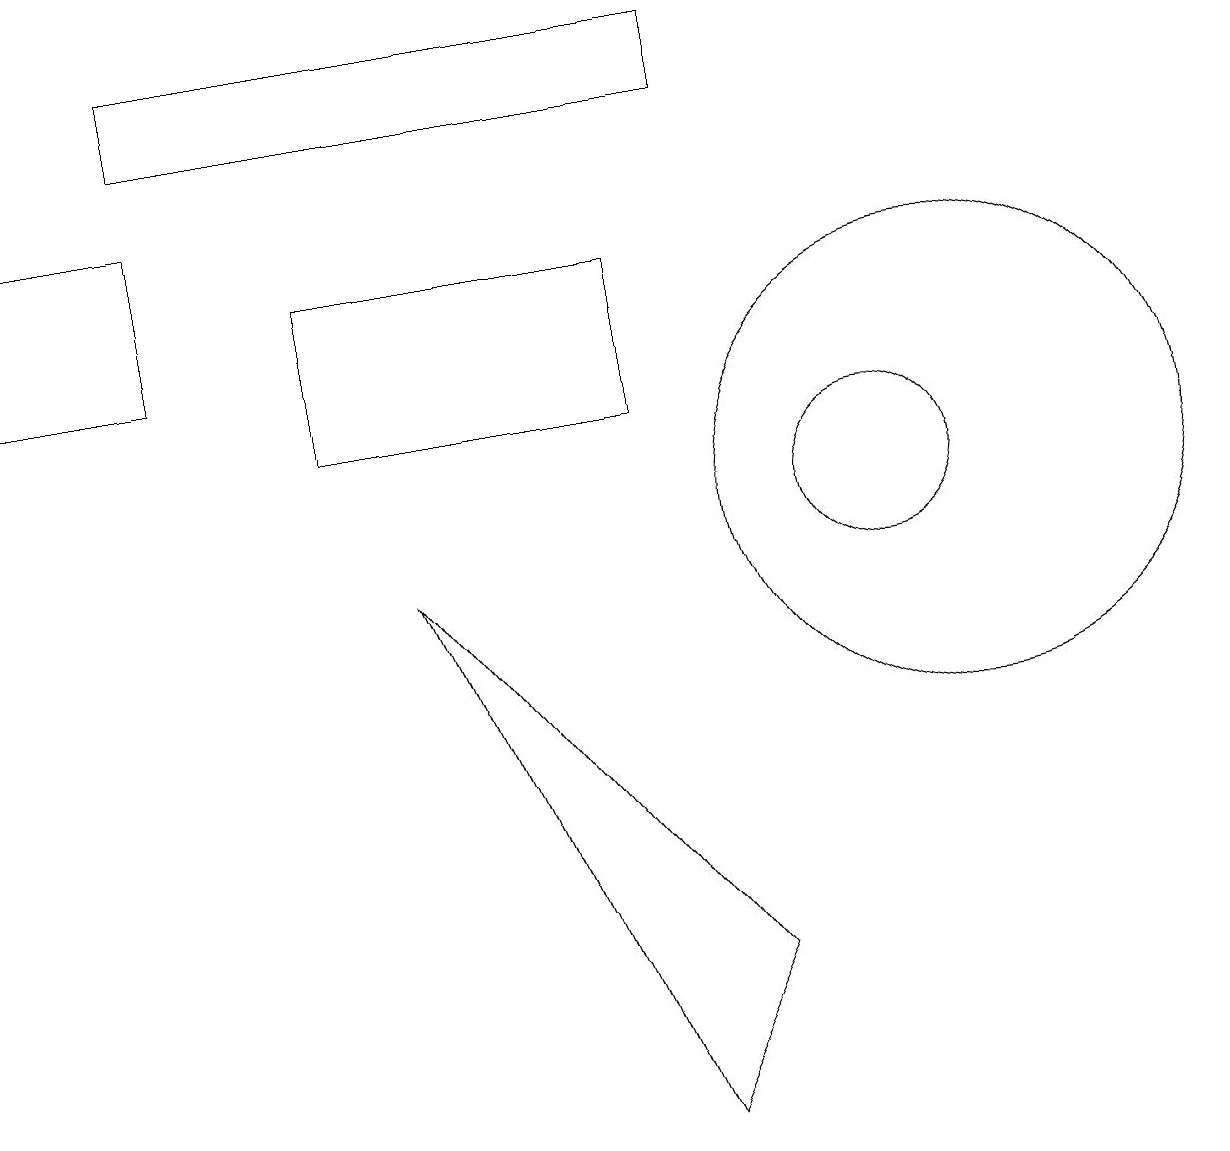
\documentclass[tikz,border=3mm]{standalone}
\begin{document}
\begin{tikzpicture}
\draw (9,15) rectangle (2,16);
\draw (8,13) rectangle (4,11);
\draw (11,10) circle (1);
\draw (5,9) -- (9,4) -- (8,2) -- cycle;
\draw (0,12) rectangle (2,14);
\draw (12,10) circle (3);
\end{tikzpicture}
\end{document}